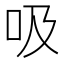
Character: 吸